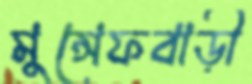
মুন্সেফবাড়ী